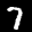
Label: 7